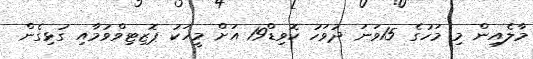
މާލެއިން މި މަހުގެ 15ވަނަ ދުވަހު ކޮވިޑް19 އަށް މީހަކު ޕޮޒިޓިވްވުމާއި ގުޅިގެން